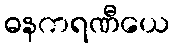
ဓနကရဏီယေ